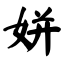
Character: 姘